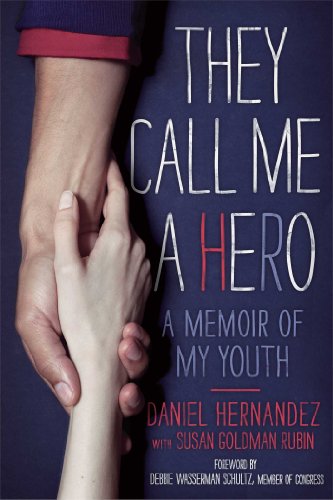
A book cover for They Call Me a Hero: A Memoir of My Youth; Daniel Hernandez; Teen & Young Adult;